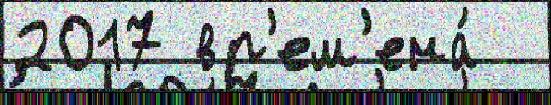
2017 вр'ем'ена́